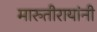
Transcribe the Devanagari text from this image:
मारुतीरायांनी